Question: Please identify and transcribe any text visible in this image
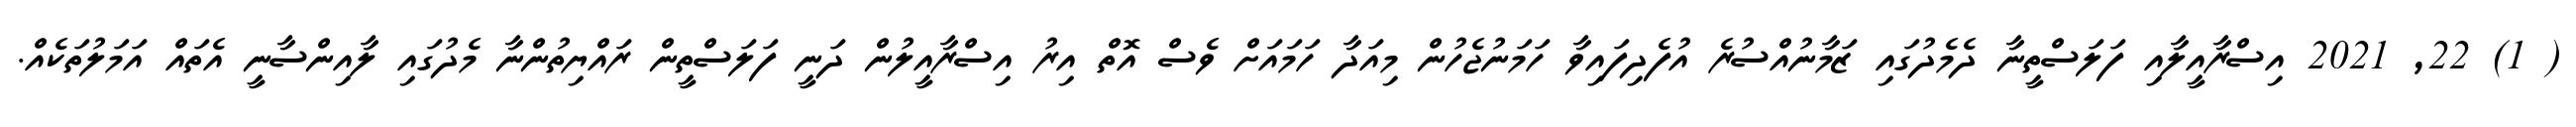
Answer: ( 1) 22, 2021 އިސްރާއީލާއި ފަލަސްތީނާ ދެމެދުގައި ޒަމާނުއްސުރެ އުފެދިފައިވާ ހަމަނުޖެހުން މިއަދާ ހަމައަށް ވެސް އޮތް އިރު އިސްރާއީލުން ދަނީ ފަލަސްތީން ރައްޔިތުންނާ މެދުގައި ލާއިންސާނީ އެތައް އަމަލުތަކެއް.